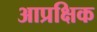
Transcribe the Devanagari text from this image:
आप्रक्षिक